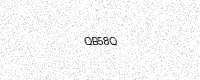
Text: QB58Q